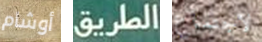
أوشام الطريق لاجتماع